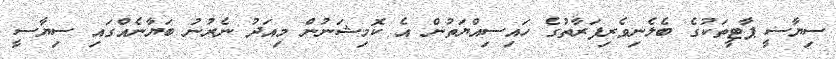
ސިޔާސީ ޕާޓީތަކުގެ ބެލެނިވެރިފަރާތުގެ ހައިސިއްޔަތުން އެ ކޮމިޝަނުން މިއަދު ނެރުނު ބަޔާނެއްގައި ސިޔާސީ